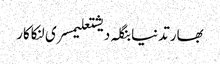
بھارتدنیابنگلہ دیشتعلیمسری لنکاکار